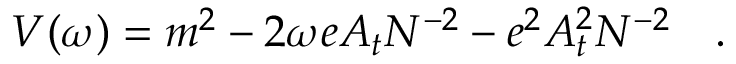
V ( \omega ) = m ^ { 2 } - 2 \omega e A _ { t } N ^ { - 2 } - e ^ { 2 } A _ { t } ^ { 2 } N ^ { - 2 } ~ ~ ~ .